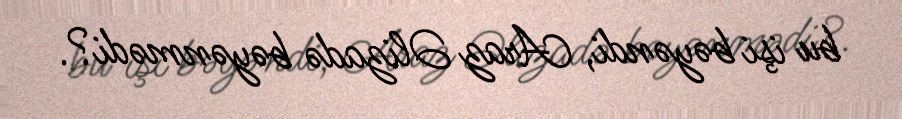
bu işi bəyəndi, Araz Əlizadə bəyənmədi?.